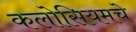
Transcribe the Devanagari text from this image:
कलोसियमचे